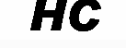
HC